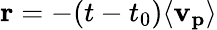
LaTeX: \mathbf{r}=-(t-t_{0})\langle\mathbf{v_{p}}\rangle